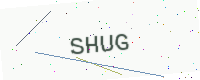
Text: SHUG